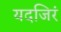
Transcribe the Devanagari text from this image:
यदजिरं